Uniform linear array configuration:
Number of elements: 64
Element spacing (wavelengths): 1
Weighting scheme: cosine
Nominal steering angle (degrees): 60
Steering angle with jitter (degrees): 58.188
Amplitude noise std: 0.05
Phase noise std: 0.05

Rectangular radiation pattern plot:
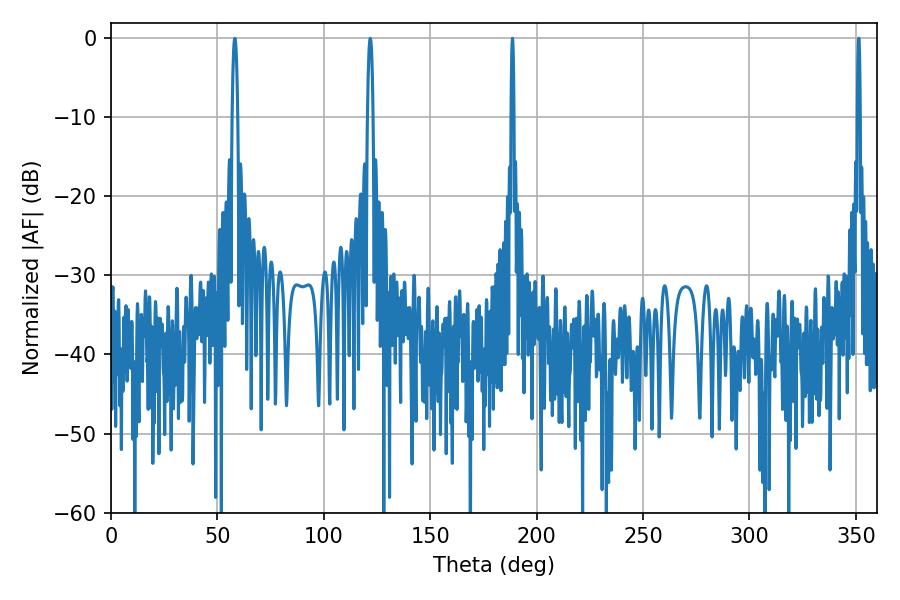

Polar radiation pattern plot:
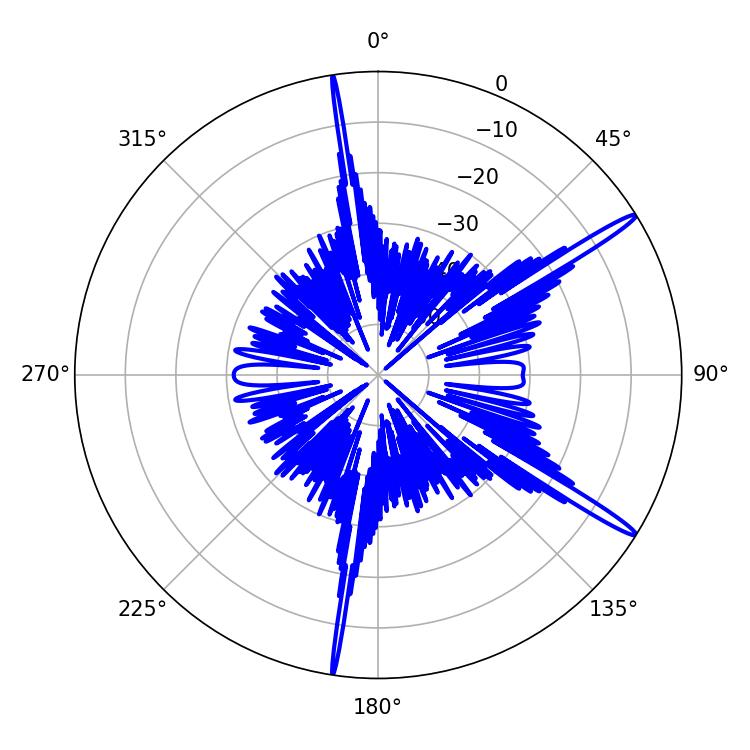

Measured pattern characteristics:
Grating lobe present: TRUE
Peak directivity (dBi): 16.376
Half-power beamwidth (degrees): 0.72
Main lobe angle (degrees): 188.64